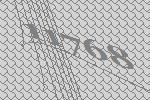
11768